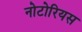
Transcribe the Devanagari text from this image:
नोटोरियस